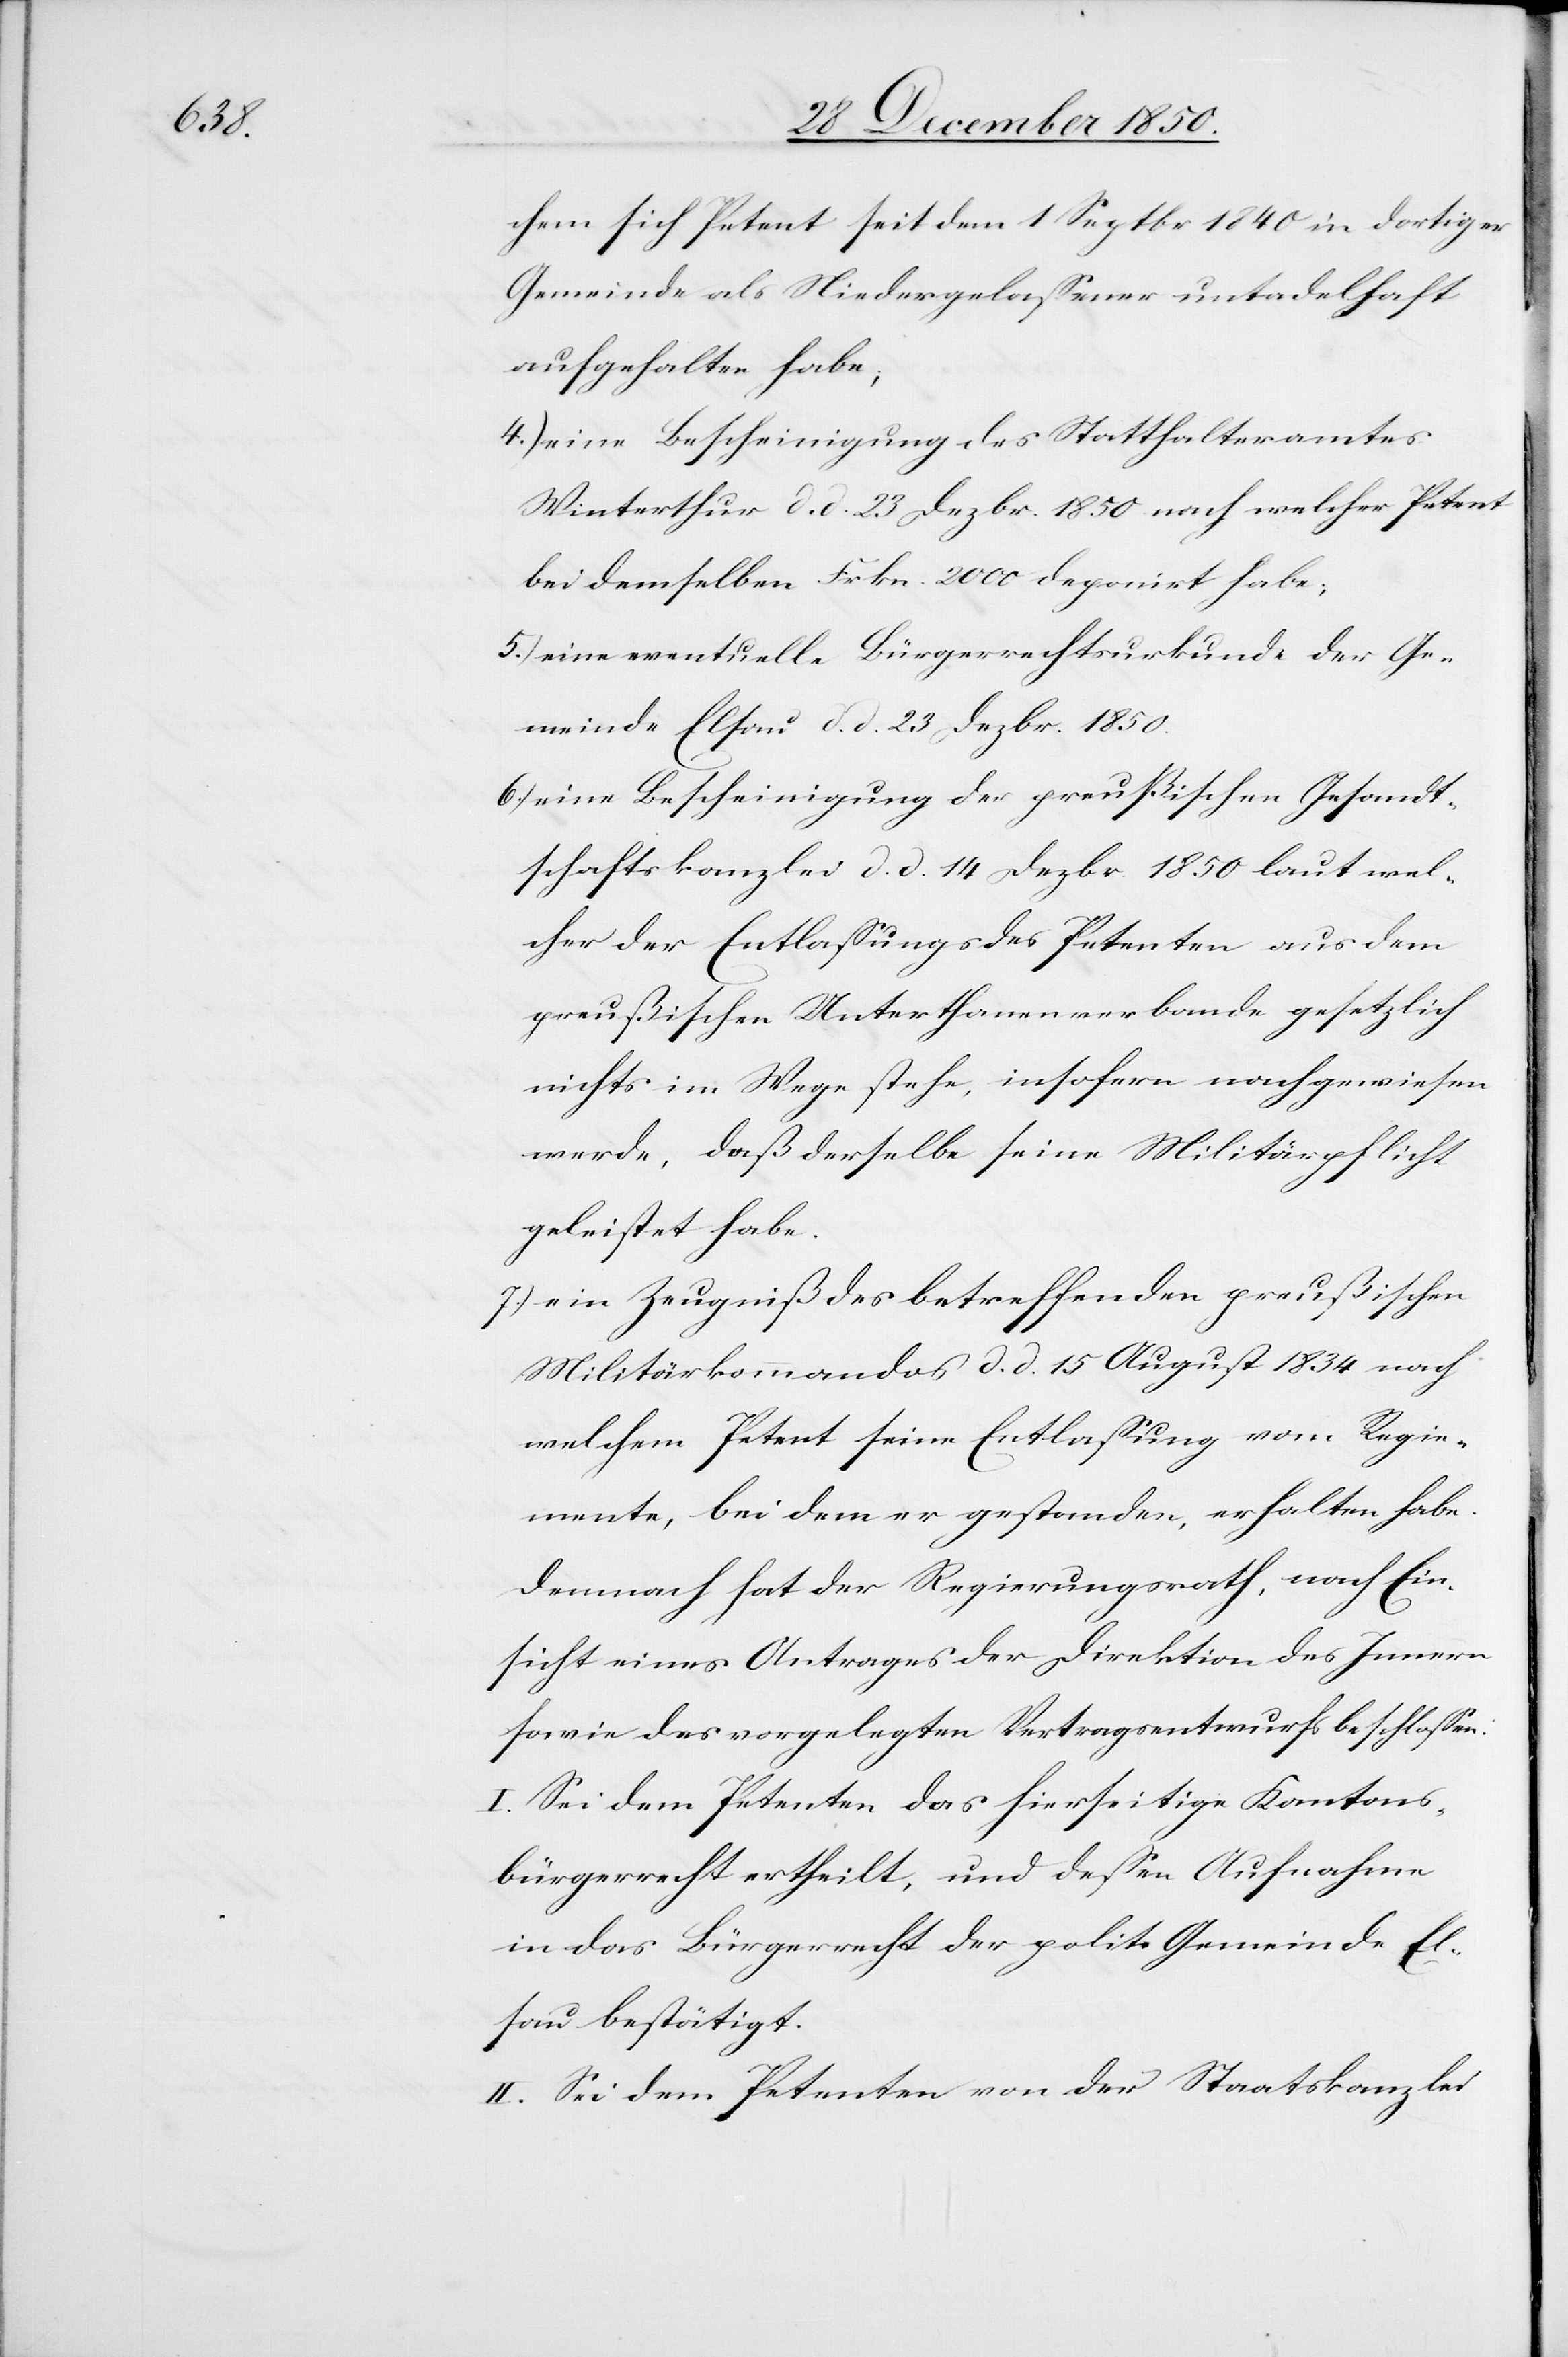
chem sich Petent seit dem 1 Septbr 1840 in dortiger
Gemeinde als Niedergelassener untadelhaft
aufgehalten habe,
4.) eine Bescheinigung des Statthalteramtes
Winterthur d. d. 23 Dezbr. 1850 nach welcher Petent
bei demselben Frkn. 2000 deponirt habe;
5.) eine eventuelle Bürgerrechtsurkunde der Ge¬
meinde Elsau d. d. 23 Dezbr. 1850.
6.) eine Bescheinigung der preußischen Gesandt¬
schaftskanzlei d. d. 14 Dezbr. 1850 laut wel¬
cher der Entlassungs [sic!] des Petenten aus dem
preußischen Unterthanenverbande gesetzlich
nichts im Wege stehe, insofern nachgewiesen
werde, daß derselbe seine Militärpflicht
geleistet habe.
7.) ein Zeugniß des betreffenden preußischen
Militärkommandos d. d. 15 August 1834 nach
welchem Petent seine Entlassung vom Regie¬
mente [sic!], bei dem er gestanden, erhalten habe.
Demnach hat der Regierungsrath, nach Ein¬
sicht eines Antrages der Direktion des Innern
sowie des vorgelegten Vertragsentwurfs beschlossen:
I. Sei dem Petenten das hierseitige Kantons¬
bürgerrecht ertheilt, und dessen Aufnahme
in das Bürgerrecht der polit. Gemeinde El¬
sau bestätigt.
II. Sei dem Petenten von der Staatskanzlei